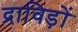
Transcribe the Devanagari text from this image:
द्राविड़ों